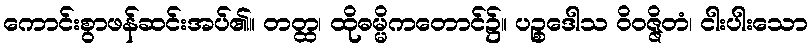
ကောင်းစွာဖန်ဆင်းအပ်၏။ တတ္ထ၊ ထိုဓမ္မိကတောင်၌။ ပဉ္စဒေါသ ဝိဝဇ္ဇိတံ၊ ငါးပါးသော